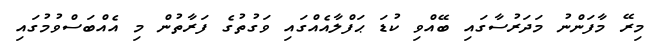
މިރޭ މާފަންނު މަދަރުސާގައި ބޭއްވި ކުޑަ ޙަފްލާއެއްގައި ވަގުތުގެ ފަރާތުން މި އެއްބަސްވުމުގައި